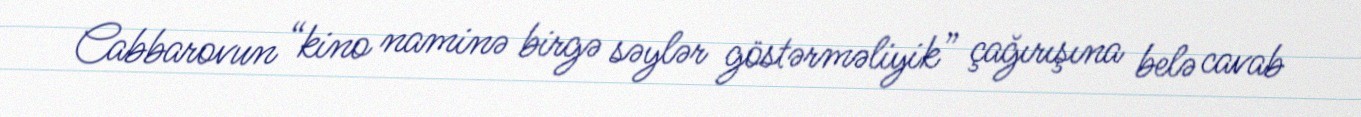
Cabbarovun “kino naminə birgə səylər göstərməliyik” çağırışına belə cavab